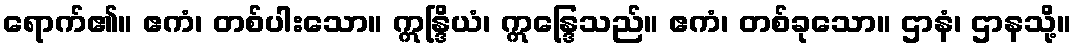
ရောက်၏။ ဧကံ၊ တစ်ပါးသော။ ဣန္ဒြိယံ၊ ဣန္ဒြေသည်။ ဧကံ၊ တစ်ခုသော။ ဌာနံ၊ ဌာနသို့။